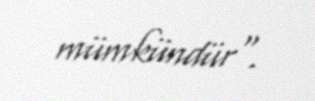
mümkündür".